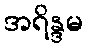
အရိန္ဒမ